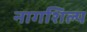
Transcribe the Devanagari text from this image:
नागशिल्प